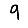
Digit: 9